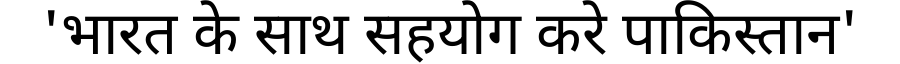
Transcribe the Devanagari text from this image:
'भारत के साथ सहयोग करे पाकिस्तान'